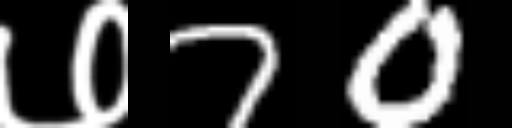
Text: ७70